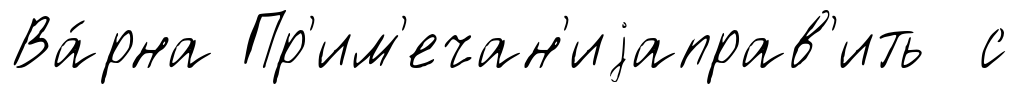
Ва́рна Пр'им'ечан'иjаправ'ить с